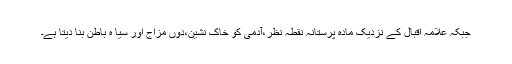
جبکہ علامہ اقبال کے نزدیک مادہ پرستانہ نقطہ نظر،آدمی کو خاک نشین،دوں مزاج اور سیا ہ باطن بنا دیتا ہے۔